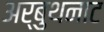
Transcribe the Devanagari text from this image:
अर्बुथनाट